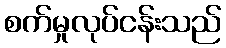
စက်မှုလုပ်ငန်းသည်